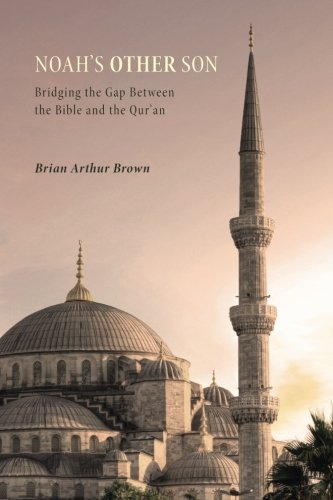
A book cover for Noahs Other Son: Bridging the Gap Between the Bible and the Quran; Brian Arthur Brown; Religion & Spirituality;